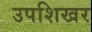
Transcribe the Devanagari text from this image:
उपशिखर